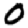
Digit: 0